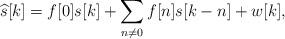
LaTeX: \begin{align*}\widehat{s}[k]={f[0]s[k]}+{\sum_{n\neq 0}f[n]s[k-n]}+w[k],\end{align*}